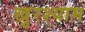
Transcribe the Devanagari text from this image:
खुरश्याम